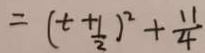
= ( t + \frac { 1 } { 2 } ) ^ { 2 } + \frac { 1 1 } { 4 }